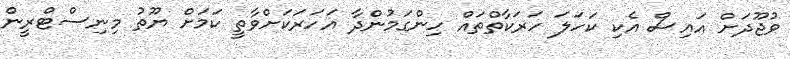
ވުޖޫދަށް އައިސް އެކި ކަހަލަ ހަރަކާތްތައް ހިންގަމުންދާ އަހަރަކަށްވާތީ ކަމަށް ޔޫތު މިނިސްޓްރީން